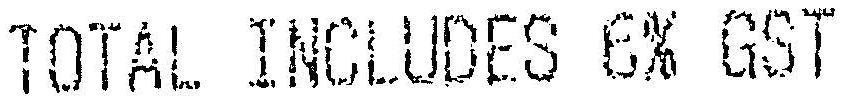
TOTAL INCLUDES 6% GST